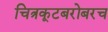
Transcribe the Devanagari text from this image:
चित्रकूटबरोबरच